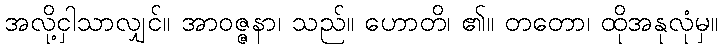
အလို့ငှါသာလျှင်။ အာဝဇ္ဇနာ၊ သည်။ ဟောတိ၊ ၏။ တတော၊ ထိုအနုလုံမှ။